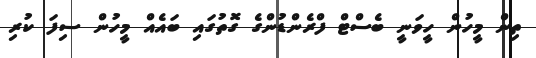
ތިން މީހުން ހީވަނީ ބެސްޓް ފްރެންޑުންގެ ގޮތުުގައި ބައެއް މީހުން ސިފަ ކުރި